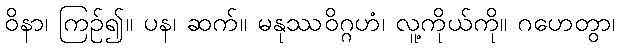
ဝိနာ၊ ကြဉ်၍။ ပန၊ ဆက်။ မနုဿဝိဂ္ဂဟံ၊ လူ့ကိုယ်ကို။ ဂဟေတွာ၊